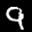
Label: 9